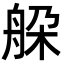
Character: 䑮